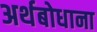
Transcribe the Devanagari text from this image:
अर्थबोधाना